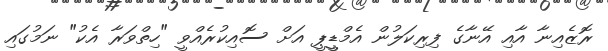
ރޮޒެއިނާ އާއި އޭނާގެ ފިރިކަލުން އެމްޑީީޕީ އަށް ސޮއިކުރެއްވީ "ހިތްވަރާ އެކު" ނަމުގައި